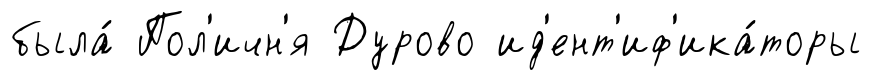
была́ Пол'ичн'я Дурово ид'ент'иф'ика́торы